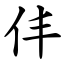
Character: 仹